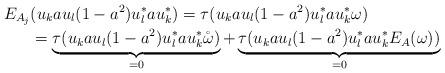
LaTeX: \begin{align*}E_{A_{j}}&(u_{k}au_{l}(1-a^2)u_{l}^*au_{k}^*) = \tau ( u_{k}au_{l}(1-a^2)u_{l}^*au_{k}^* \omega ) \\& = \underbrace{\tau ( u_{k}au_{l}(1-a^2)u_{l}^*au_{k}^* \mathring{\omega} ) }_{= 0}+\underbrace{ \tau ( u_{k}au_{l}(1-a^2)u_{l}^*au_{k}^* E_A(\omega ))}_{= 0}\end{align*}